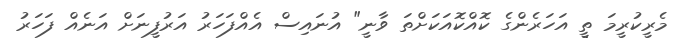
މެރީކުރީމަ ތީ އަހަރެންގެ ކޮއްކޮއަކަށްތަ ވާނީ" އުނައިސް އެއްފަހަރު އަރުފީނަށް އަނެއް ފަހަރު